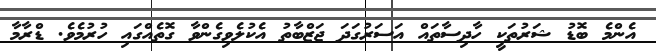
އެންމެ ބޮޑު ޝަރުތަކީ ހާދިސާތައް އަސަރުގަދަ ޖަޒްބާތު އެކުލެވިގެންވާ ގޮތެއްގައި ހުރުމެވެ. ޑްރާމާ